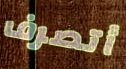
أتصرف